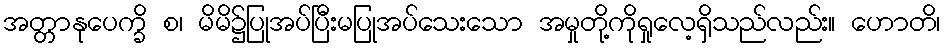
အတ္တာနုပေက္ခိ စ၊ မိမိ၌ပြုအပ်ပြီးမပြုအပ်သေးသော အမှုတို့ကိုရှုလေ့ရှိသည်လည်း။ ဟောတိ၊